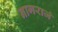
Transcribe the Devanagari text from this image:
नागराजं